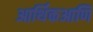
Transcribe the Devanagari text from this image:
आर्थिकआणि